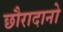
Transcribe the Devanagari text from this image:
छौरादानो